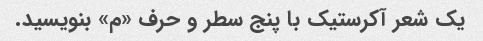
یک شعر آکرستیک با پنج سطر و حرف «م» بنویسید.